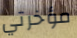
مؤخرتي